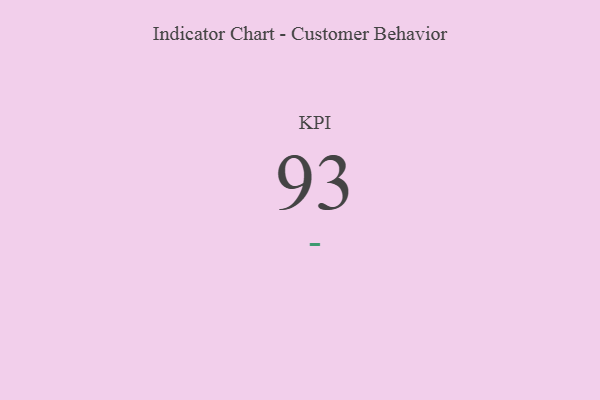
{"axis": {"x": "KPI", "y": "Value"}, "legend": [""], "data": [{"x": "KPI", "y": 93, "type": ""}]}